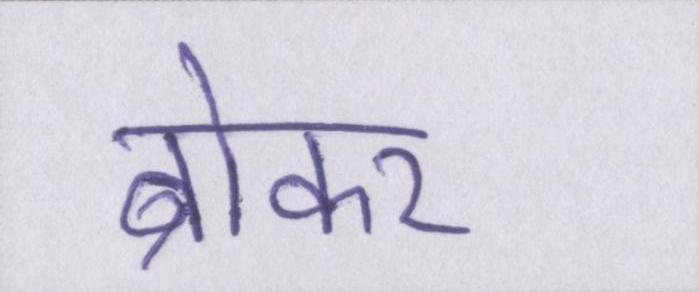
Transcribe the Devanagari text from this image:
ब्रोकर